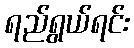
ရည်ရွယ်ရင်း